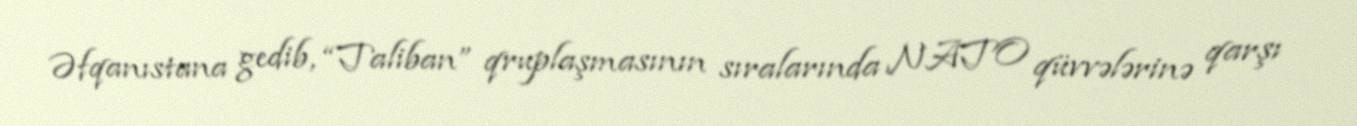
Əfqanıstana gedib, “Taliban” qruplaşmasının sıralarında NATO qüvvələrinə qarşı